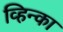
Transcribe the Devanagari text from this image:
व्हिन्का